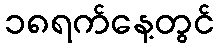
၁၈ရက်နေ့တွင်